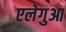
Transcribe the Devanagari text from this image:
एलेगुआ